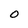
Character: O